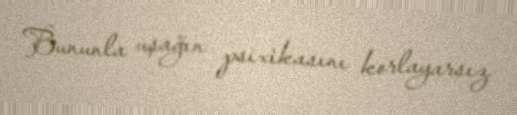
Bununla uşağın psixikasını korlayarsız.